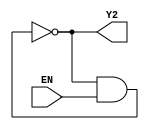
`timescale 1ns / 1ps
module R2(EN,Y2
    );
input EN;
output Y2;
wire w1,w2,w3,w4,w5;
	nand #2(w1,Y2,EN);
	not #2(w2,w1);
	not #2(w3,w2);
	not #2(w4,w3);
	not #2(Y2,w4);

endmodule